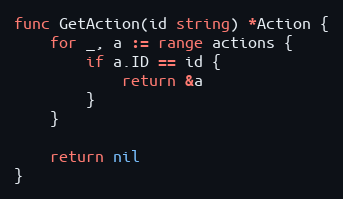
Language: Go
func GetAction(id string) *Action {
	for _, a := range actions {
		if a.ID == id {
			return &a
		}
	}

	return nil
}